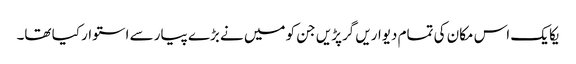
یکا یک اس مکان کی تمام دیواریں گرپڑیں جن کو میں نے بڑے پیار سے استوار کیا تھا۔